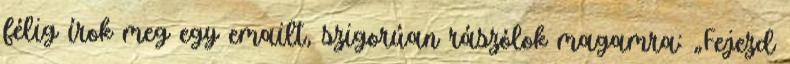
félig írok meg egy emailt, szigorúan rászólok magamra: „Fejezd